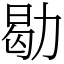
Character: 㔠